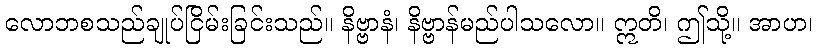
လောဘစသည်ချုပ်ငြိမ်းခြင်းသည်။ နိဗ္ဗာနံ၊ နိဗ္ဗာန်မည်ပါသလော။ ဣတိ၊ ဤသို့။ အာဟ၊